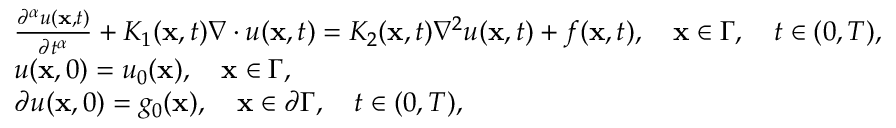
\begin{array} { r l } & { \frac { \partial ^ { \alpha } u ( { \bf x } , t ) } { \partial t ^ { \alpha } } + K _ { 1 } ( { \bf x } , t ) \nabla \cdot u ( { \bf x } , t ) = K _ { 2 } ( { \bf x } , t ) \nabla ^ { 2 } u ( { \bf x } , t ) + f ( { \bf x } , t ) , \quad { \bf x } \in \Gamma , \quad t \in ( 0 , T ) , } \\ & { u ( { \bf x } , 0 ) = u _ { 0 } ( { \bf x } ) , \quad { \bf x } \in \Gamma , } \\ & { \partial u ( { \bf x } , 0 ) = g _ { 0 } ( { \bf x } ) , \quad { \bf x } \in \partial \Gamma , \quad t \in ( 0 , T ) , } \end{array}